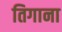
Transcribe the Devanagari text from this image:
तिगाना